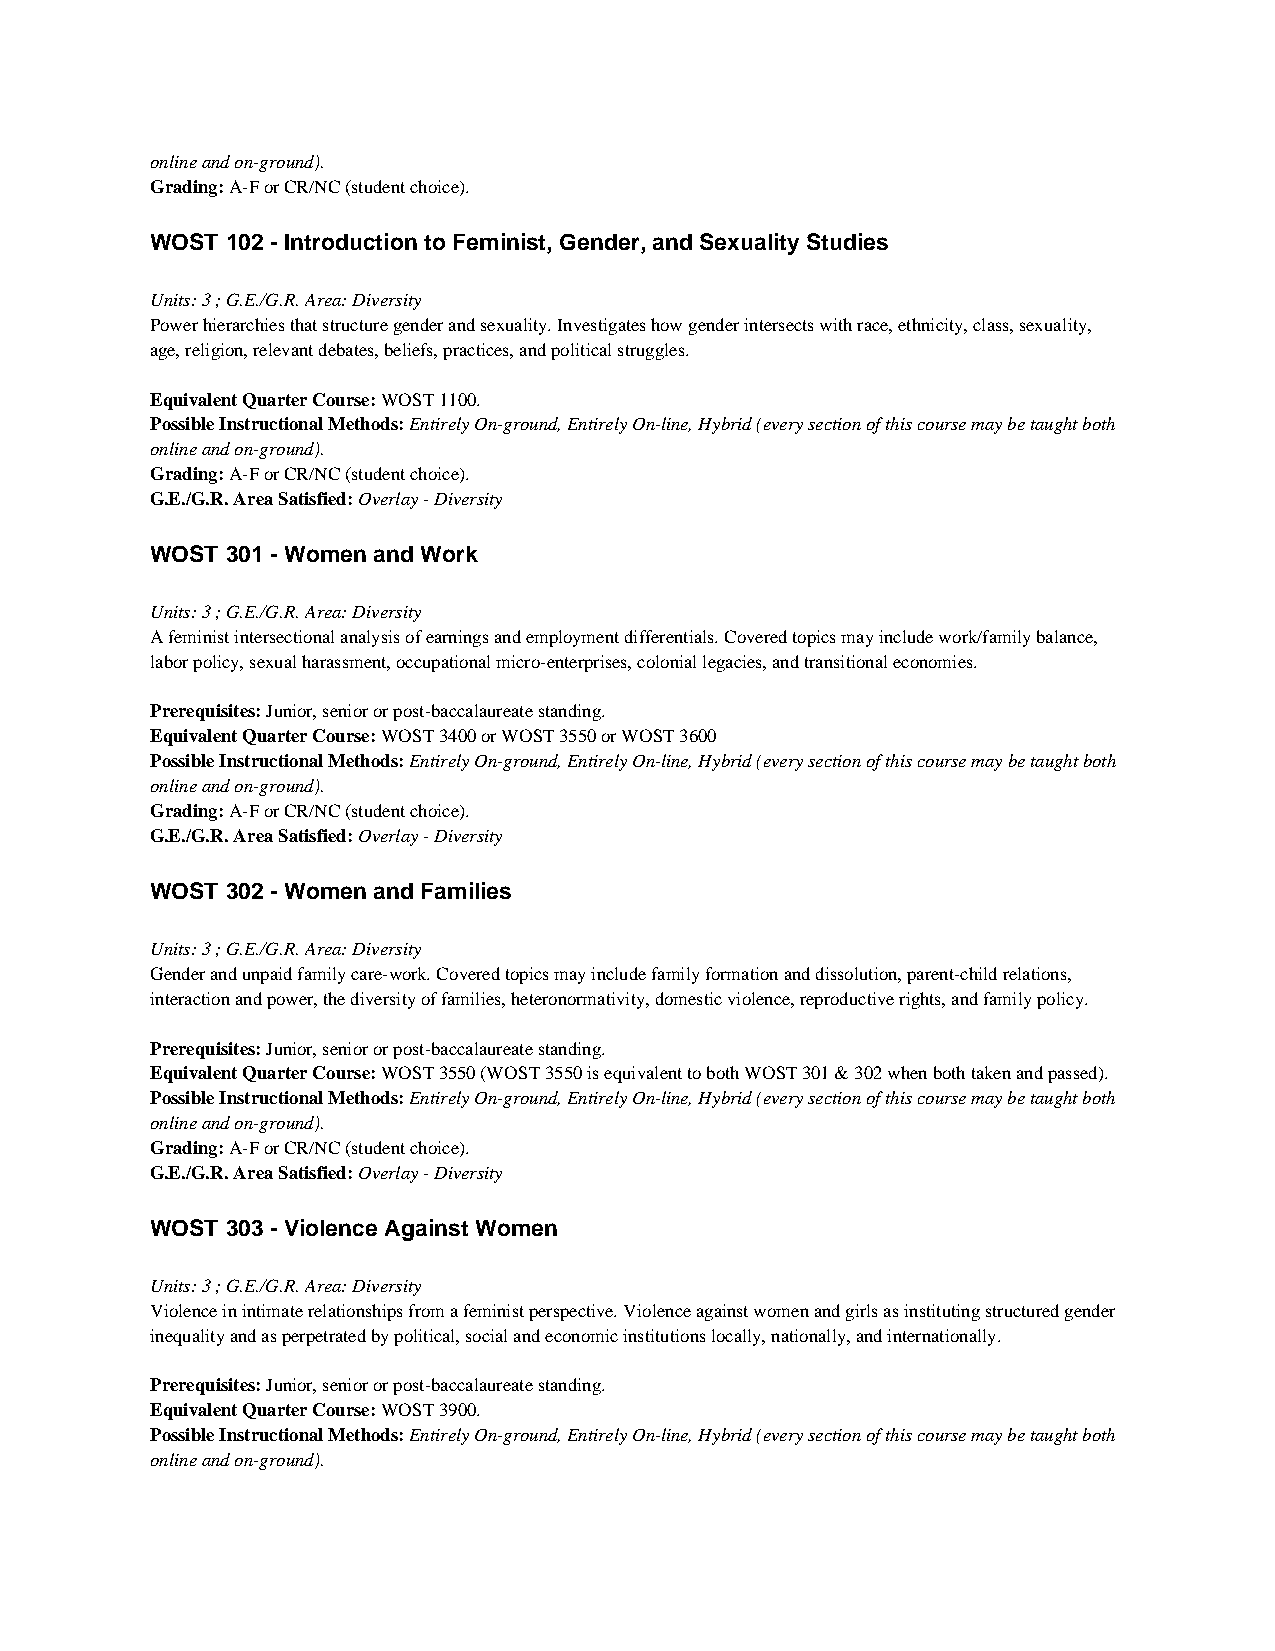
online and on-ground).
 Grading: A-F or CR/NC (student choice).
 WOST 102 - Introduction to Feminist, Gender, and Sexuality Studies
 Units: 3 ; G.E./G.R. Area: Diversity
 Power hierarchies that structure gender and sexuality. Investigates how gender intersects with race, ethnicity, class, sexuality,
 age, religion, relevant debates, beliefs, practices, and political struggles.
 Equivalent Quarter Course: WOST 1100.
 Possible Instructional Methods: Entirely On-ground, Entirely On-line, Hybrid (every section of this course may be taught both
 online and on-ground).
 Grading: A-F or CR/NC (student choice).
 G.E./G.R. Area Satisfied: Overlay - Diversity
 WOST 301 - Women and Work
 Units: 3 ; G.E./G.R. Area: Diversity
 A feminist intersectional analysis of earnings and employment differentials. Covered topics may include work/family balance,
 labor policy, sexual harassment, occupational micro-enterprises, colonial legacies, and transitional economies.
 Prerequisites: Junior, senior or post-baccalaureate standing.
 Equivalent Quarter Course: WOST 3400 or WOST 3550 or WOST 3600
 Possible Instructional Methods: Entirely On-ground, Entirely On-line, Hybrid (every section of this course may be taught both
 online and on-ground).
 Grading: A-F or CR/NC (student choice).
 G.E./G.R. Area Satisfied: Overlay - Diversity
 WOST 302 - Women and Families
 Units: 3 ; G.E./G.R. Area: Diversity
 Gender and unpaid family care-work. Covered topics may include family formation and dissolution, parent-child relations,
 interaction and power, the diversity of families, heteronormativity, domestic violence, reproductive rights, and family policy.
 Prerequisites: Junior, senior or post-baccalaureate standing.
 Equivalent Quarter Course: WOST 3550 (WOST 3550 is equivalent to both WOST 301 & 302 when both taken and passed).
 Possible Instructional Methods: Entirely On-ground, Entirely On-line, Hybrid (every section of this course may be taught both
 online and on-ground).
 Grading: A-F or CR/NC (student choice).
 G.E./G.R. Area Satisfied: Overlay - Diversity
 WOST 303 - Violence Against Women
 Units: 3 ; G.E./G.R. Area: Diversity
 Violence in intimate relationships from a feminist perspective. Violence against women and girls as instituting structured gender
 inequality and as perpetrated by political, social and economic institutions locally, nationally, and internationally.
 Prerequisites: Junior, senior or post-baccalaureate standing.
 Equivalent Quarter Course: WOST 3900.
 Possible Instructional Methods: Entirely On-ground, Entirely On-line, Hybrid (every section of this course may be taught both
 online and on-ground).